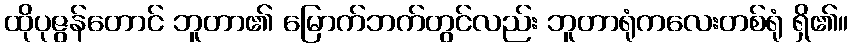
ထိုပုဇွန်တောင် ဘူတာ၏ မြောက်ဘက်တွင်လည်း ဘူတာရုံကလေးတစ်ရုံ ရှိ၏။